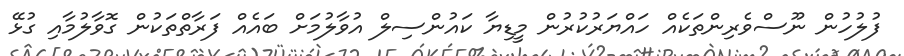
ފުލުހުން ނޫސްވެރިންތަކެއް ހައްޔަރުކުރުން މީޑިޔާ ކައުންސިލް އުވާލުމަށް ބައެއް ފަރާތްތަކުން ގޮވާލުމާއި ގުޅޭ